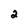
Character: 2